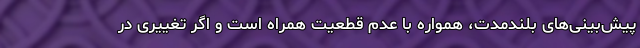
پیش‌بینی‌های بلندمدت، همواره با عدم قطعیت همراه است و اگر تغییری در